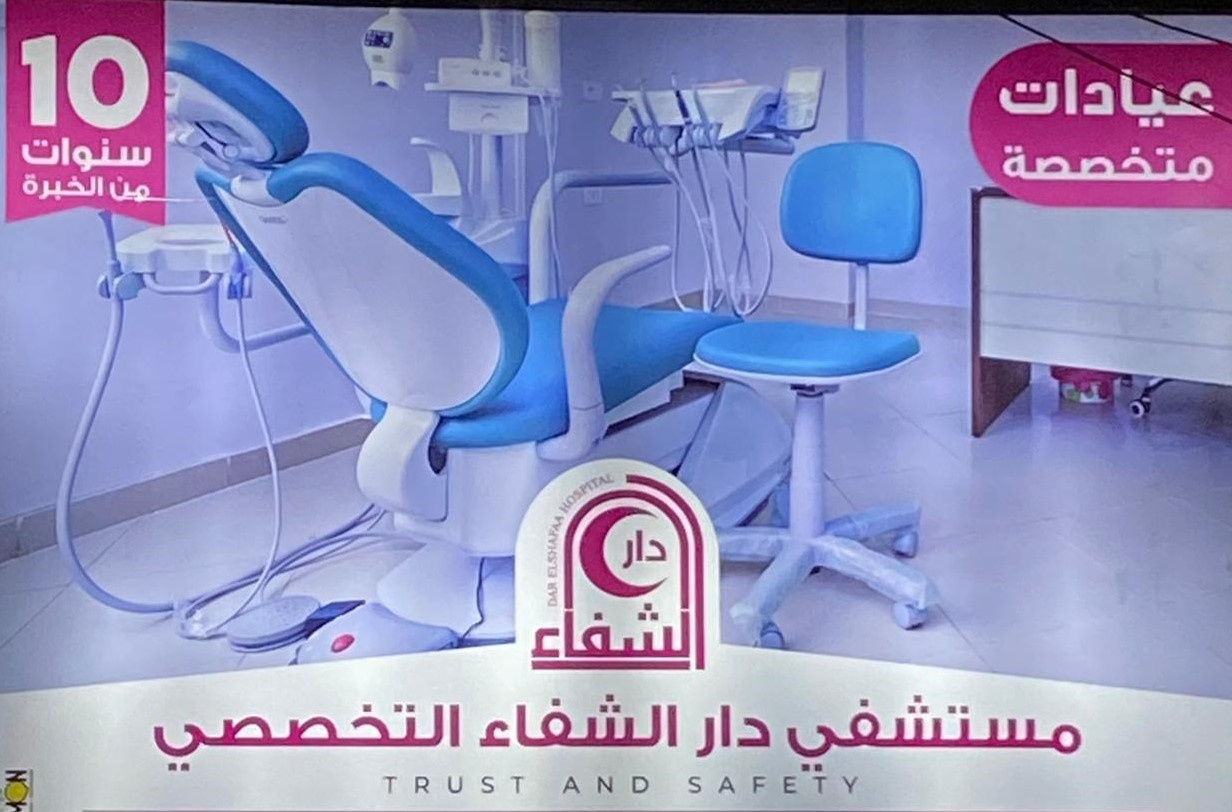
Text in image: عيادات سنوات متخصصة الخبرة من دار الشفاء الشفاء دار مستشفى التخصصي 10 TRUST AND SAFETY